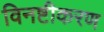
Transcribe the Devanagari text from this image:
विनष्टीकरण